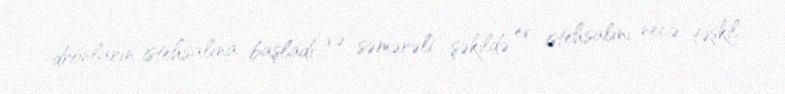
dronların istehsalına başladı və səmərəli şəkildə ev istehsalını necə təşkil